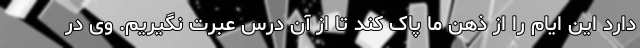
دارد این ایام را از ذهن ما پاک کند تا از آن درس عبرت نگیریم. وی در